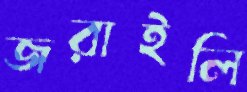
জরাইলি